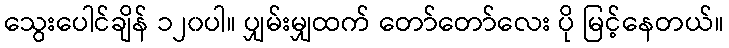
သွေးပေါင်ချိန် ၁၂၀ပါ။ ပျှမ်းမျှထက် တော်တော်လေး ပို မြင့်နေတယ်။